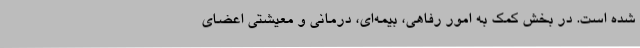
شده است. در بخش کمک به امور رفاهی، بیمه‌ای، درمانی و معیشتی اعضای